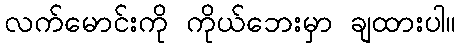
လက်မောင်းကို ကိုယ်ဘေးမှာ ချထားပါ။